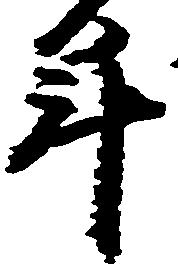
年